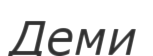
Деми